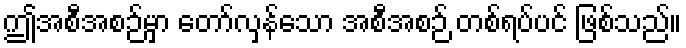
ဤအစီအစဉ်မှာ တော်လှန်သော အစီအစဉ် တစ်ရပ်ပင် ဖြစ်သည်။